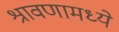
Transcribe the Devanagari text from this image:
श्रावणामध्ये